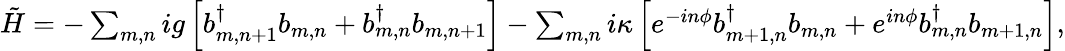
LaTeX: \begin{array}{r}{\tilde{H}=-\sum_{m,n}ig\left[b_{m,n+1}^{\dagger}b_{m,n}+b_{m,n}^{\dagger}b_{m,n+1}\right]-\sum_{m,n}i\kappa\left[e^{-in\phi}b_{m+1,n}^{\dagger}b_{m,n}+e^{in\phi}b_{m,n}^{\dagger}b_{m+1,n}\right],}\end{array}